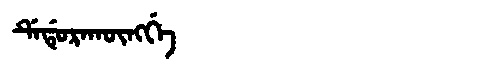
Manchu: ᡩᡝᡩᡠᡵᠠᡴᡡᠩᡤᡝ
Romanization: DEDURAKŪNGGE